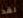
لقد